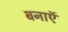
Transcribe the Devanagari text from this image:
बनाऍ